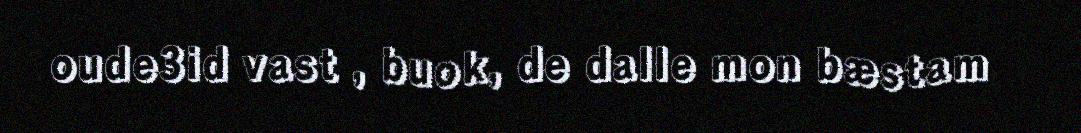
oude3id vast , buok, de dalle mon bæstam